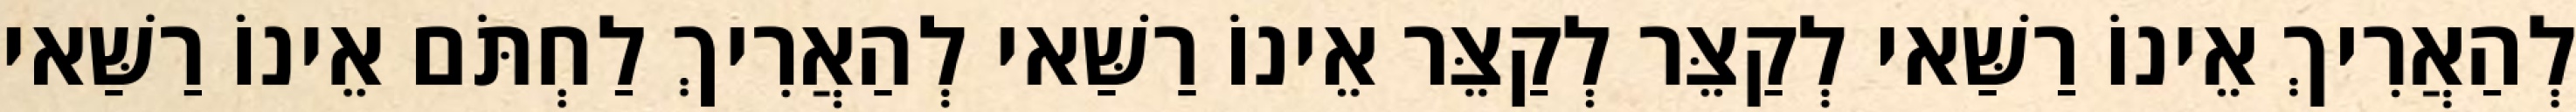
לְהַאֲרִיךְ אֵינוֹ רַשַּׁאי לְקַצֵּר לְקַצֵּר אֵינוֹ רַשַּׁאי לְהַאֲרִיךְ לַחְתֹּם אֵינוֹ רַשַּׁאי